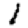
Digit: 1